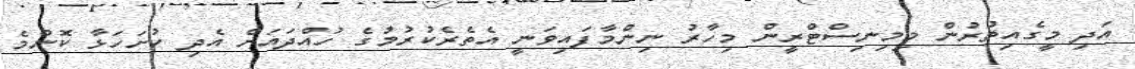
އަދި މީގެއިތުރުން މިމިނިސްޓްރީން މިހާރު ނިންމާފައިވަނީ އެތެރެކުރުމުގެ ހުއްދައަށް އެދި ހުށަހަޅާ ކޮންމެ